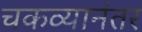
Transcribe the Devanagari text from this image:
चकव्यानंतर